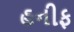
હનીફ